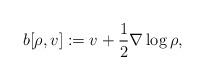
LaTeX: \begin{align*}b[\rho,v] := v +\frac 1 2 \nabla \log \rho ,\end{align*}